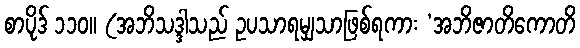
စာပိုဒ် ၁၁၀။ (အဘိသဒ္ဒါသည် ဥပသာရမျှသာဖြစ်ရကား ‘အဘိဇာတိကောတိ